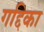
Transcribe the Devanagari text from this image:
गद्दिका